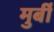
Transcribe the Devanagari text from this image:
मुर्बी